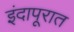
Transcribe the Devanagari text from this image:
इंदापूरात